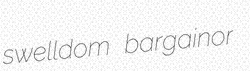
swelldom bargainor